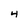
Character: 4